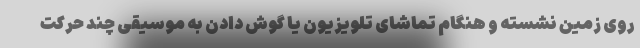
روی زمین نشسته و هنگام تماشای تلویزیون یا گوش دادن به موسیقی چند حرکت